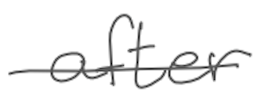
Text: after
Cross-out: single-line
Writing tool: digital_gray